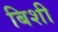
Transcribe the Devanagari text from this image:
बिशी